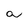
Character: a